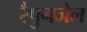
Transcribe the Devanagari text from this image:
रैपुनजेल